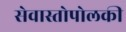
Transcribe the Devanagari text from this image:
सेवास्तोपोलकी